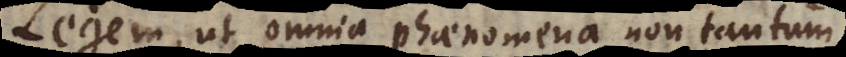
Legem, ut omnia phaenomena non tantum